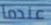
عندما